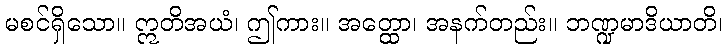
မစင်ရှိသော။ ဣတိအယံ၊ ဤကား။ အတ္ထော၊ အနက်တည်း။ ဘဏ္ဍမာဒိယာတိ၊